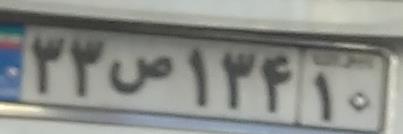
۳۳ص۱۳۴۱۰